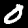
Label: 0